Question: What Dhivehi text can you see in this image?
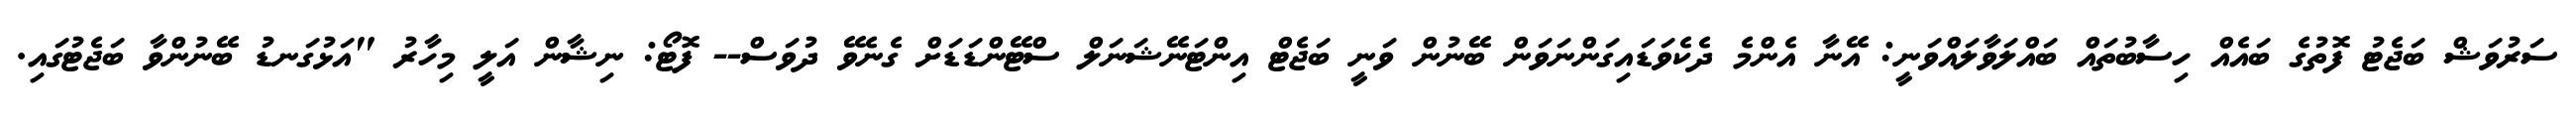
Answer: ސަރުވަޝް ބަޖެޓު ފޮތުގެ ބައެއް ހިސާބުތައް ބައްލަވާލައްވަނީ: އޭނާ އެންމެ ދެކެވަޑައިގަންނަވަން ބޭނުން ވަނީ ބަޖެޓް އިންޓަނޭޝަނަލް ސްޓޭންޑަޑަށް ގެނެވޭ ދުވަސް-- ފޮޓޯ: ނިޝާން އަލީ މިހާރު "އަޅުގަނޑު ބޭނުންވާ ބަޖެޓުގައި.